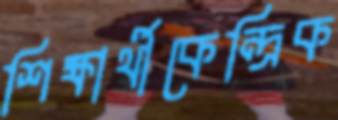
শিক্ষার্থীকেন্দ্রিক